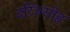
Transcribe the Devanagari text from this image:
दरिअसीह